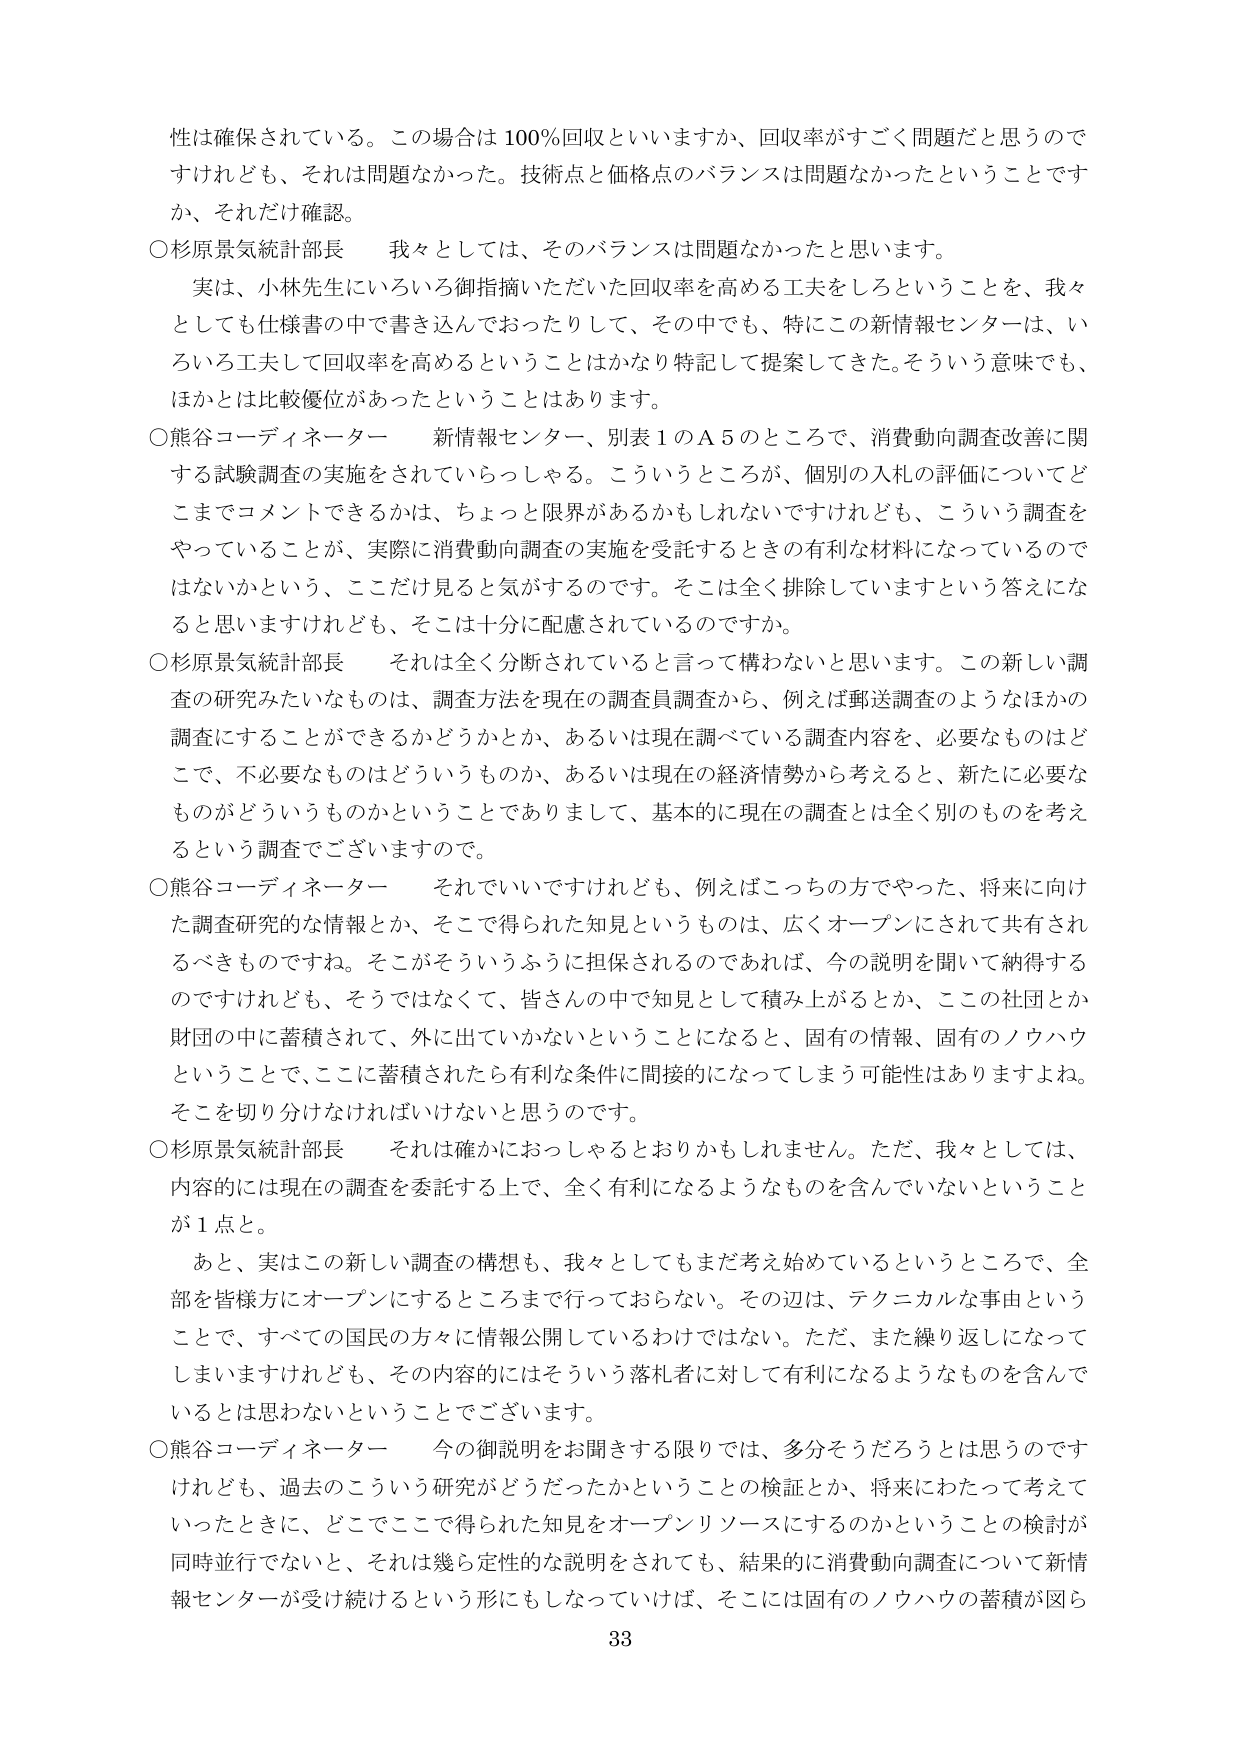
性は確保されている。この場合は100％回収といいますか、回収率がすごく問題だと思うのですけれども、それは問題なかった。技術点と価格点のバランスは問題なかったということですか、それだけ確認。

○杉原景気統計部長　我々としては、そのバランスは問題なかったと思います。

　実は、小林先生にいろいろ御指摘いただいた回収率を高める工夫をしろということを、我々としても仕様書の中で書き込んでおったりして、その中でも、特にこの新情報センターは、いろいろ工夫して回収率を高めるということはかなり特記して提案してきた。そういう意味でも、ほかとは比較優位があったということはあります。

○熊谷コーディネーター　新情報センター、別表1のA5のところで、消費動向調査改善に関する試験調査の実施をされていらっしゃる。こういうところが、個別の入札の評価についてどこまでコメントできるかは、ちょっと限界があるかもしれないですけれども、こういう調査をやっていることが、実際に消費動向調査の実施を受託するときの有利な材料になっているのではないかという、ここだけ見ると気がするのです。そこは全く排除していますという答えになると思いますけれども、そこは十分に配慮されているのですか。

○杉原景気統計部長　それは全く分断されていると言って構わないと思います。この新しい調査の研究みたいなものは、調査方法を現在の調査員調査から、例えば郵送調査のようなほかの調査にすることができるかどうかとか、あるいは現在調べている調査内容を、必要なものはどこで、不要なものはどういうものか、あるいは現在の経済情勢から考えると、新たに必要なものがどういうものかということでありますして、基本的に現在の調査とは全く別のものを考えるという調査でございますので。

○熊谷コーディネーター　それでいいですけれども、例えばこっちの方でやった、将来に向けた調査研究的な情報とか、そこで得られた知見というものは、広くオープンにされて共有されるべきものですよね。そこがそういうふうに担保されるのであれば、今の説明を聞いて納得するのですけれども、そうではなくて、皆さんの中で知見として積み上がるとか、この社団とか財団の中に蓄積されて、外に出ていかないということになると、固有の情報、固有のノウハウということで、ここに蓄積されたら有利な条件に間接的になってしまう可能性はありますよね。そこを切り分けなければならないと思うのです。

○杉原景気統計部長　それは確かにおっしゃるとおりかもしれません。ただ、我々としては、内容的には現在の調査を委託する上で、全く有利になるようなものを含んでいないということが1点と。

　あと、実はこの新しい調査の構想も、我々としてもまだ考え始めているというところで、全部を皆様方にオープンにするところまで行っておらない。その辺は、テクニカルな事由ということで、すべての国民の方々に情報公開しているわけではない。ただ、また繰り返しになってしまいますがけれども、その内容的にはそういう落札者に対して有利になるようなものを含んでいるとは思わないということでございます。

○熊谷コーディネーター　今の御説明をお聞きする限りでは、多分そうだろうとは思うのですけれども、過去のこういう研究がどうだったかということの検証とか、将来にわたって考えていったときに、どこでどこで得られた知見をオープンソースにするのかということの検討が同時並行でないと、それは幾ら定性的な説明をされても、結果的に消費動向調査について新情報センターが受け続けるという形にもしなければ、そこには固有のノウハウの蓄積が図ら

33